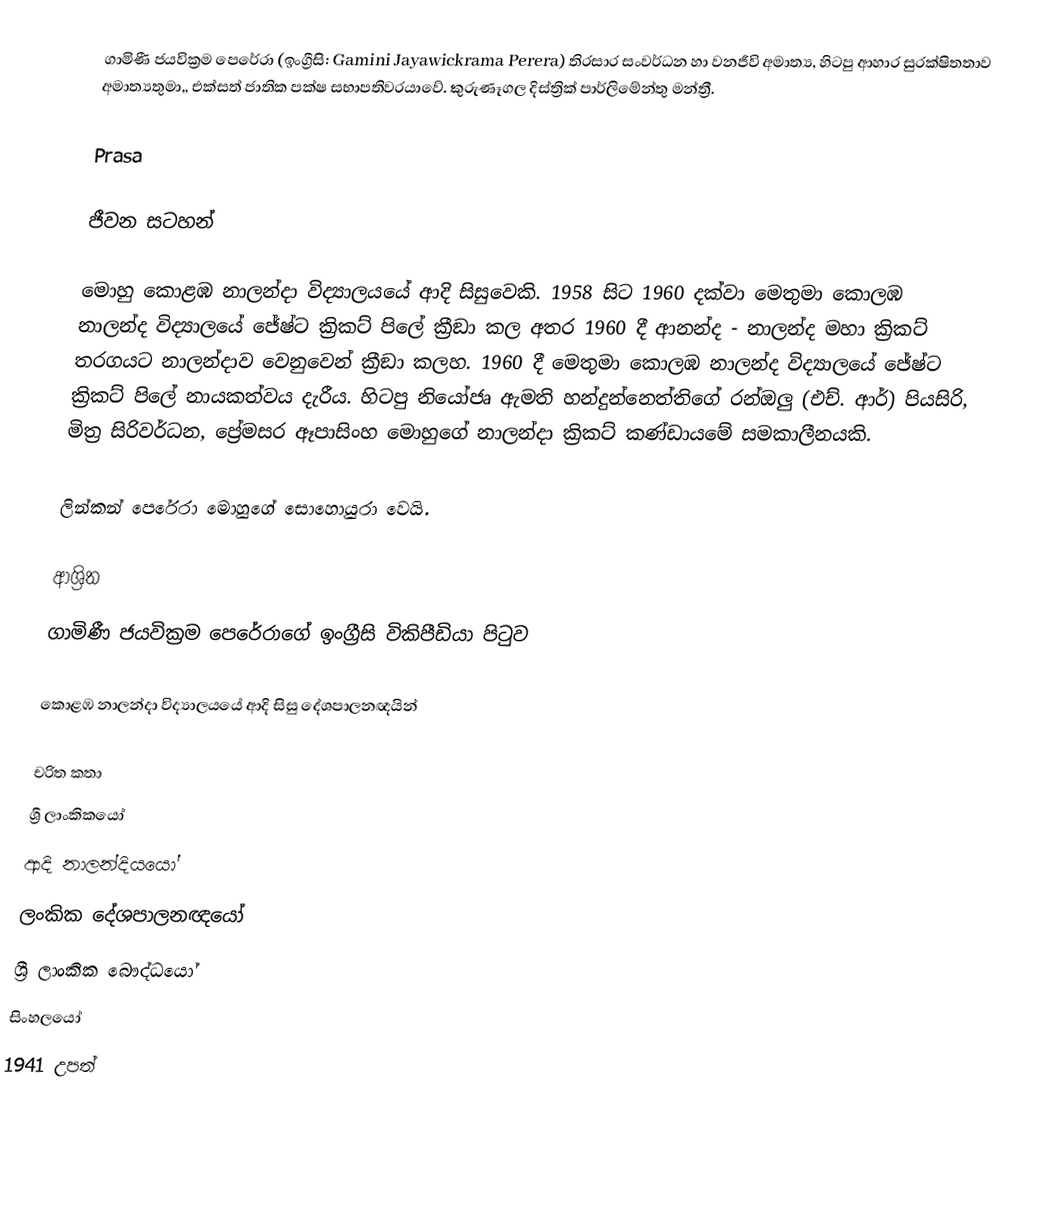
ගාමිණී ජයවික්‍රම පෙරේරා (ඉංග්‍රීසි: Gamini Jayawickrama Perera) තිරසාර සංවර්ධන හා වනජීවි අමාත්‍ය,  හිටපු ආහාර සුරක්ෂිතතාව අමාත්‍යතුමා,, එක්සත් ජාතික පක්ෂ සභාපතිවරයාවේ.  කුරුණෑගල දිස්ත්‍රික් පාර්ලිමේන්තු මන්ත්‍රී.

Prasa

ජීවන සටහන්

මොහු  කොළඹ නාලන්දා විද්‍යාලයයේ ආදි සිසුවෙකි. 1958 සිට 1960 දක්වා මෙතුමා කොලඹ නාලන්ද  විද්‍යාලයේ  ජේෂ්ට ක්‍රිකට් පිලේ ක්‍රීඞා  කල අතර 1960 දී ආනන්ද - නාලන්ද මහා ක්‍රිකට් තරගයට නාලන්දාව වෙනුවෙන් ක්‍රීඞා කලහ.  1960 දී  මෙතුමා කොලඹ නාලන්ද  විද්‍යාලයේ  ජේෂ්ට ක්‍රිකට් පිලේ නායකත්වය දැරීය. හිටපු නියෝජෘ ඇමති  හන්දුන්නෙත්තිගේ රන්ඔලු (එච්. ආර්) පියසිරි, මිත්‍ර සිරිවර්ධන, ප්‍රේමසර ඈපාසිංහ මොහුගේ නාලන්දා ක්‍රිකට් කණ්ඩායමේ සමකාලීනයකි.

ලින්කන් පෙරේරා මොහුගේ සොහොයුරා වෙයි.

ආශ්‍රිත
ගාමිණී ජයවික්‍රම පෙරේරාගේ ඉංග්‍රීසි විකිපීඩියා පිටුව

කොළඹ නාලන්දා විද්‍යාලයයේ ආදි සිසු දේශපාලනඥයින්

චරිත කතා
ශ්‍රී ලාංකිකයෝ
ආදි නාලන්දියයෝ
ලංකික දේශපාලනඥයෝ
ශ්‍රී ලාංකික බෞද්ධයෝ
සිංහලයෝ
1941 උපත්